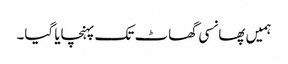
ہمیں پھانسی گھاٹ تک پہنچایا گیا۔